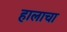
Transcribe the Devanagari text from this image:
हालाचा